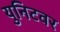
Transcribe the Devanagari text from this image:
युनिटवर